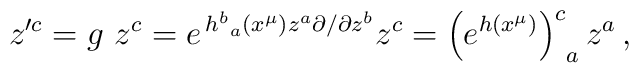
z^{\prime c}=g~ z^c =e^{\,h^b_{~a}(x^{\mu})z^a\partial/\partial z^b} z^c = \left(e^{h(x^{\mu})}\right)^c_{~a} z^a\, ,